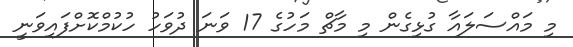
މި މައްސަލައާ ގުޅިގެން މި މާޗް މަހުގެ 17 ވަނަ ދުވަހު ހުކުމްކޮށްފައިވަނީ